Vaccination in Bombay 1856-1862 - 1856-1862
Year: 1856
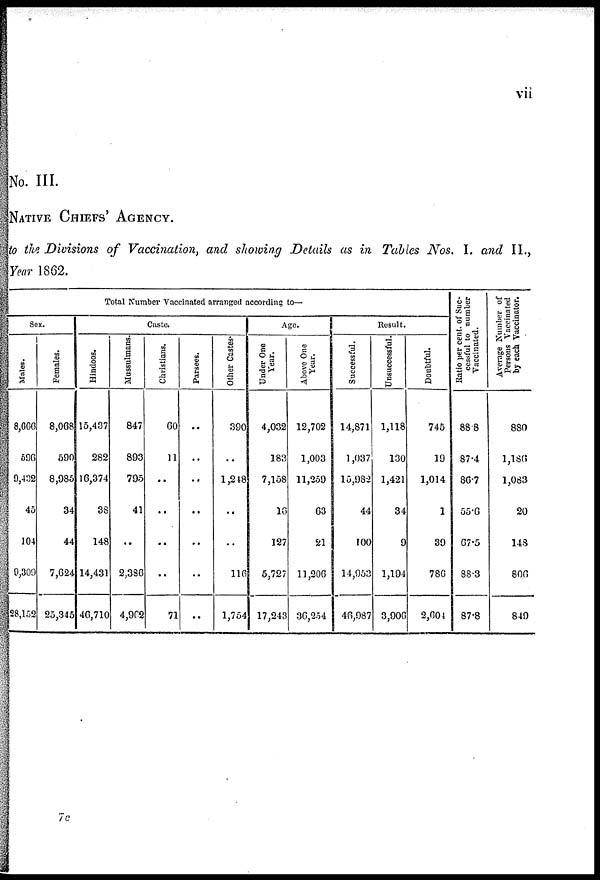
vii
No. III.
NATIVE CHIEFS' AGENCY.
to the Divisions of Vaccination, and showing Details as in Tables Nos. I. and II.,
Year 1862.
Total Number Vaccinated arranged according to—
Sex.
Males.
8,666
596
9,432
45
104
9,309
28,152
Females.
8,068
590
8,985
34
44
7,624
25,345
Caste.
Hindoos.
15,437
282
16,374
38
148
14,431
46,710
Mussulmans.
847
893
795
41
..
2,386
4,962
Christians.
60
11
..
..
..
..
71
Parsees.
..
..
..
..
..
..
..
Other Castes-
390
..
1,248
..
..
116
1,754
Age.
Under One
Year.
4,032
183
7,158
10
127
5,727
17,243
Above One
Year.
12,702
1,003
11,259
63
81
11,206
36,254
Result.
Successful.
14,871
1,037
15,982
44
100
14,953
46,987
Unsuccessful.
1,118
130
1,421
34
9
1,194
3,906
Doubtful.
745
19
1,014
1
39
786
2,604
Ratio per cent. of Suc-
cessful to number
Vaccinated.
88.8
87.4
86.7
55.6
67.5
88.3
87.8
Average Number of
Persons Vaccinated
by each Vaccinator.
880
1,186
1,083
20
148
806
849
7 c